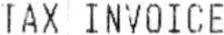
TAX INVOICE